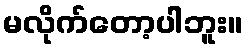
မလိုက်တော့ပါဘူး။